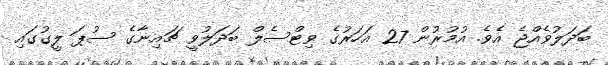
ބަދަލުވެއްޖެ އެވެ. އުމުރުން 27 އަހަރުގެ ވިޓްސެލް ބަދަލުވީ ޗައިނާގެ ސުޕަ ލީގުގައި